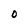
Character: O